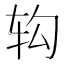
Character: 𲅁